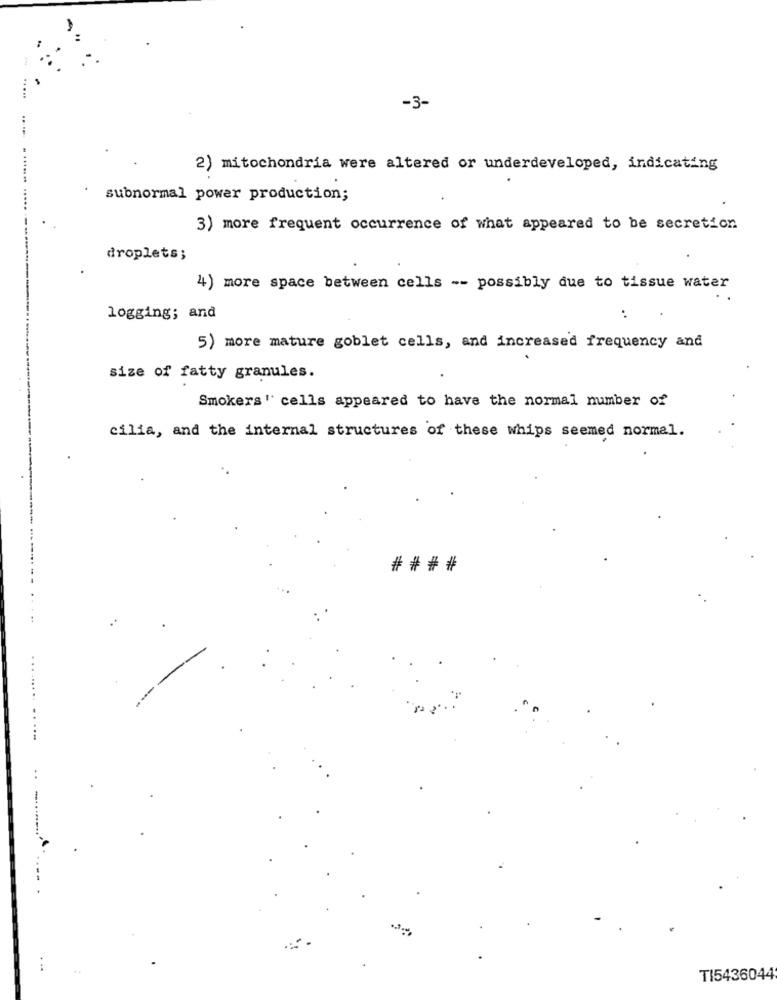
...
-3-
2) mitochondria were altered or underdeveloped, indicating
subnormal power production;
3) more frequent occurrence of what appeared to be secretion
droplets;
4) more space between cells -- possibly due to tissue water
logging; and
:
5) more mature goblet cells, and increased frequency and
size of fatty granules.
Smokers" cells appeared to have the normal number of
cilia, and the internal structures of these whips seemed normal.
## # #
-
. ..
TI5436044